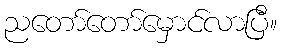
ညတော်တော်မှောင်လာပြီ။